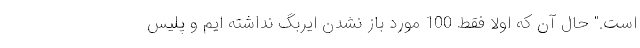
است." حال آن که اولاً فقط 100 مورد باز نشدن ایربگ نداشته ایم و پلیس